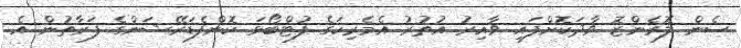
ސެން ލޮރެންޒޮ ވާދަކޮށްފައި ވާއިރު އުތުރު އެމެރިކަގެ ފުޓްބޯޅަ ކޮންފެޑަރޭޝަންގެ ފަރާތުން އެ